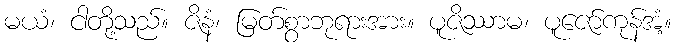
မယံ၊ ငါတို့သည်။ ဇိနံ၊ မြတ်စွာဘုရားအား။ ပူဇိဿာမ၊ ပူဇော်ကုန်အံ့။